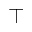
\intercal